Annual report on the health of the army in India
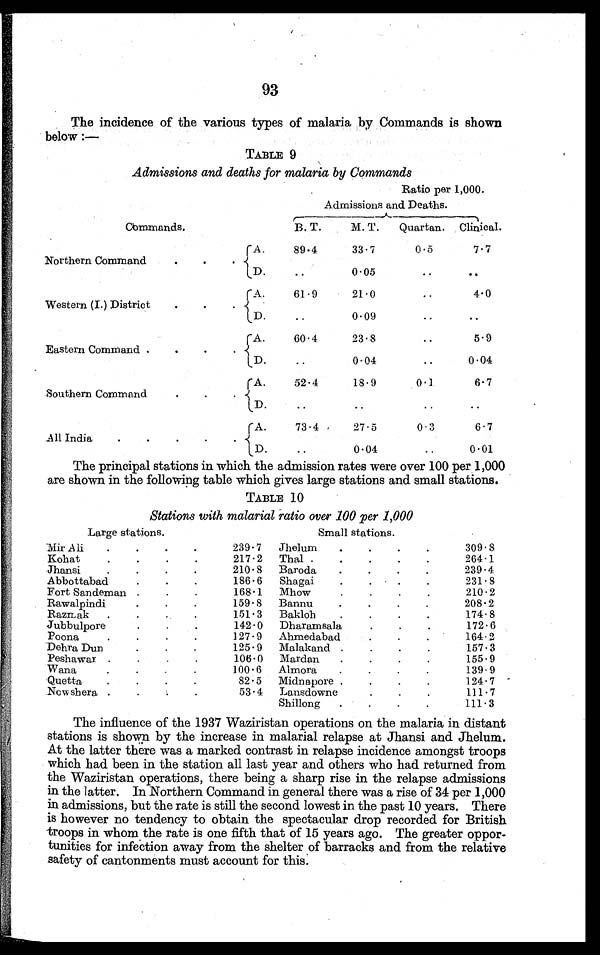
93
The incidence of the various types of malaria by Commands is shown
below :—
TABLE 9
Admissions and deaths for malaria by Commands
Ratio per 1,000.
Admissions and Deaths.
Commands.
B. T.
M. T.
Quartan.
Clinical.
A.
89.4
33.7
0.5
7.7
Northern Command
.
.
D.
..
0.05
..
. .
A.
61.9
21.0
..
4.0
Western (I.) District
.
.
D.
..
0.09
..
..
A.
60.4
23.8
..
5.9
Eastern Command .
.
.
D.
..
0.04
..
0.04
A.
52.4
18.9
0.1
6.7
Southern Command
..
D .
..
..
..
..
A.
73.4.
27.5
0.3
6.7
All India
.
.
.
.
D.
..
0.04
..
0.01
The principal stations in which the admission rates were over 100 per 1,000
are shown in the following table which gives large stations and small stations.
TABLE 10
Stations with malarial ratio over 100 per 1,000
Large stations.
Small stations.
Mir Ali
.
.
.
.
239.7
Jhelum
.
.
.
.
309.8
Kohat
.
.
.
.
217.2
Thal .
.
.
.
.
264.1
Jhansi
.
.
.
.
210.8
Baroda
.
.
.
.
239.4
Abbottabad
.
. .
186.6
Shagai
.
.
.
.
231.8
Fort Sandeman .
. .
168.1
Mhow
210.2
Rawalpindi
159.8
Bannu
.
.
.
.
208.2
RaZILak
.
..
151.3
Bakloh
.
.
.
.
174.8
Jubbulpore
142.0
Dharamsala
.
.
.
172.6
Poona
.
.
. .
127.9
Ahmedabad
164.2
Dehra Dun
125.9
Malakand .
.
.
.
1 5 7 . 3
Peshawar .
. . .
106.0
Mardan
.
.
155.9
Wana
100.6
Almora
.
.
.
.
139.9
Quetta
.
.
.
.
82.5
Midnapore .
.
.
.
124.7
Nowshera .
. . .
53.4
Lansdowne
111.7
Shillong
.
.
.
.
111.3
The influence of the 1937 Waziristan operations on the malaria in distant
stations is shown by the increase in malarial relapse at Jhansi and Jhelum.
At the latter there was a marked contrast in relapse incidence amongst troops
which had been in the station all last year and others who had returned from
the Waziristan operations, there being a sharp rise in the relapse admissions
in the latter. In Northern Command in general there was a rise of 34 per 1,000
in admissions, but the rate is still the second lowest in the past 10 years. There
is however no tendency to obtain the spectacular drop recorded for British
troops in whom the rate is one fifth that of 15 years ago. The greater oppor-
tunities for infection away from the shelter of barracks and from the relative
safety of cantonments must account for this.